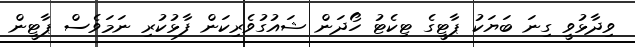
ވިދާޅުވީ ގިނަ ބަޔަކު ޕާޓީގެ ޓިކެޓު ހޯދަން ޝައުގުވެރިކަން ފާޅުކުރި ނަމަވެސް ޕާޓީން